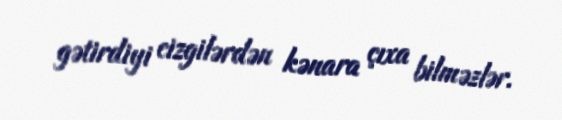
gətirdiyi cizgilərdən kənara çıxa bilməzlər.